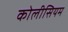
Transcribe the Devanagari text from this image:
कोलीसियम